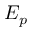
E _ { p }